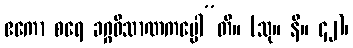
ဧကော စရေ ခဂ္ဂဝိသာဏကပ္ပေါ”တိ။ (သု။ နိ။ ၄၂)၊